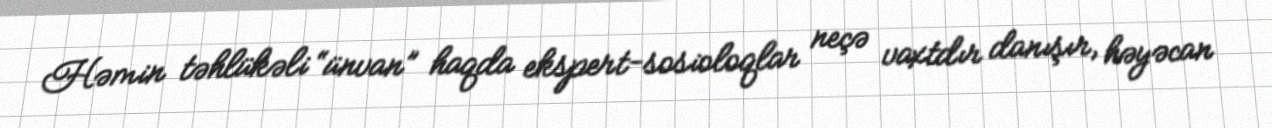
Həmin təhlükəli “ünvan” haqda ekspert-sosioloqlar neçə vaxtdır danışır, həyəcan